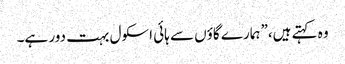
وہ کہتے ہیں،”ہمارے گاؤں سے ہائی اسکول بہت دور ہے۔